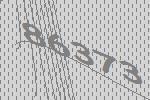
86373